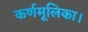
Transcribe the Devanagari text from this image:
कर्णमूलिका।